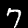
Label: 7